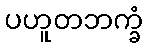
ပဟူတဘက္ခံ